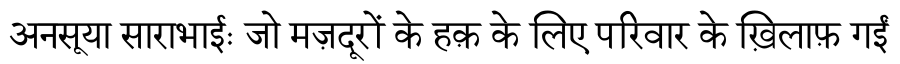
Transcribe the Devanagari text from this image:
अनसूया साराभाईः जो मज़दूरों के हक़ के लिए परिवार के ख़िलाफ़ गईं